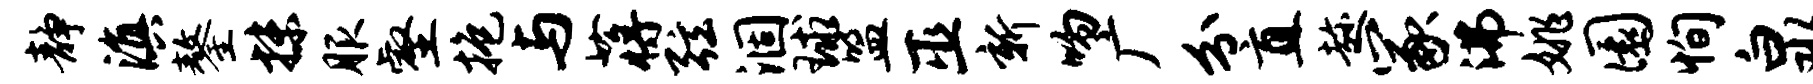
静滇鏊抹服壑抱与蒋弦涸球盟巫新吻广分直趁冢沸姚圜恂泉